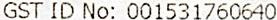
GST ID NO: 001531760640